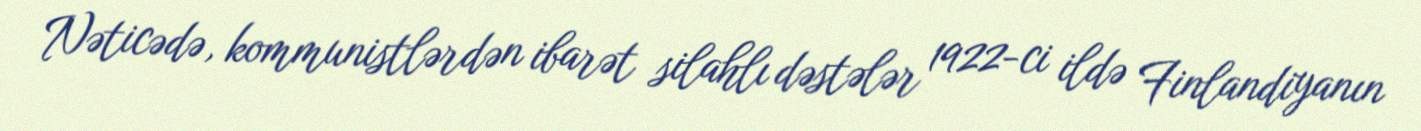
Nəticədə, kommunistlərdən ibarət silahlı dəstələr 1922-ci ildə Finlandiyanın